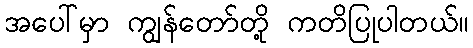
အပေါ်မှာ ကျွန်တော်တို့ ကတိပြုပါတယ်။